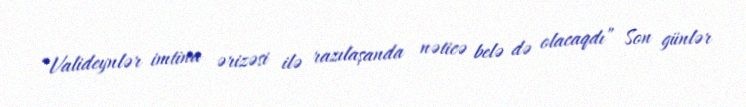
“Valideynlər imtina ərizəsi ilə razılaşanda nəticə belə də olacaqdı” Son günlər